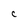
Character: C